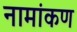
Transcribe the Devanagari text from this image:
नामांकण